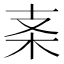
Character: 𱣀